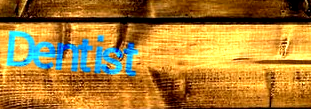
Dentist